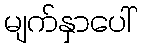
မျက်နှာပေါ်